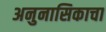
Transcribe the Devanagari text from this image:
अनुनासिकाचा